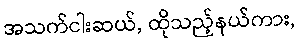
အသက်ငါးဆယ်, ထိုသည့်နယ်ကား,